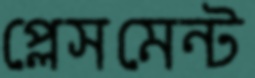
প্লেসমেন্ট